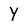
Character: Y